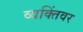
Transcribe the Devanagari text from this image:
व्यक्तिंवर